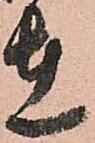
在